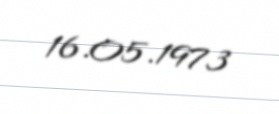
16.05.1973